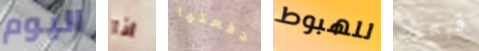
اليوم اذا دفعتها للهبوط قبعتك